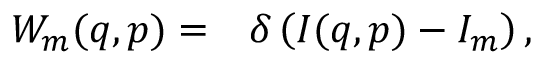
\begin{array} { r l } { W _ { m } ( q , p ) = } & { { } \delta \left( I ( q , p ) - I _ { m } \right) , } \end{array}